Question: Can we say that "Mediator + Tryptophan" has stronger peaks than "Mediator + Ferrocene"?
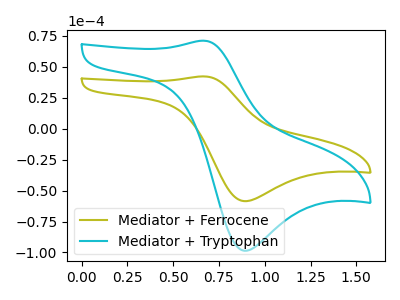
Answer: <think>The olive curve "Mediator + Ferrocene" has an anodic peak at (0.65V, 42.10uA) and a cathodic peak at (0.90V, -58.55uA). The cyan curve "Mediator + Tryptophan" has an anodic peak at (0.65V, 70.90uA) and a cathodic peak at (0.90V, -98.60uA).</think>
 <answer>Every peak in "Mediator + Tryptophan" is higher than every peak in "Mediator + Ferrocene".</answer>
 <eval>higher</eval>